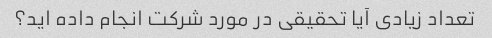
تعداد زیادی آیا تحقیقی در مورد شرکت انجام داده اید؟